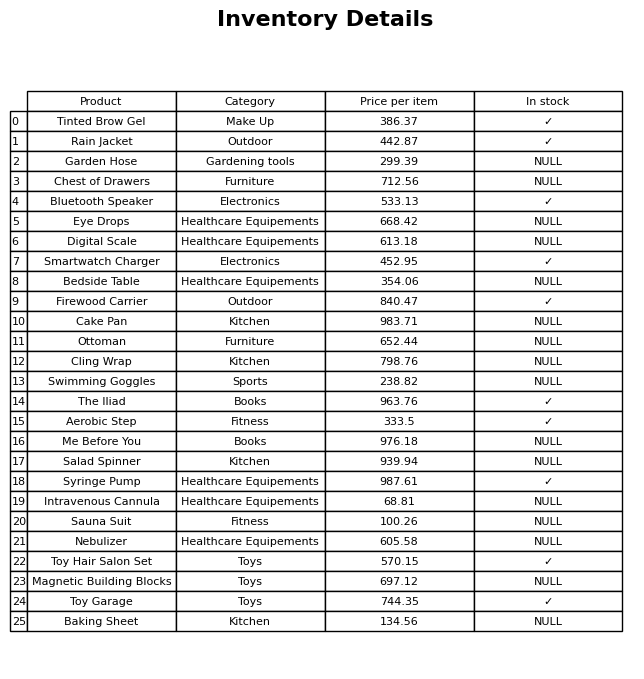
question: Is the Digital Scale in stock?
answer: NULL